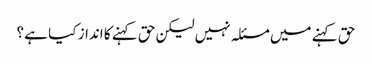
حق کہنے میں مسئلہ نہیں لیکن حق کہنے کا انداز کیا ہے ؟